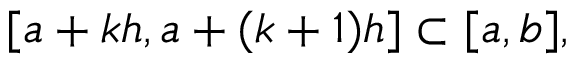
[ a + k h , a + ( k + 1 ) h ] \subset [ a , b ] ,